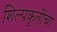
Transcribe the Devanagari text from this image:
शिल्पकृतींचा